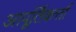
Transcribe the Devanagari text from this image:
आपूर्तिकर्त्ता